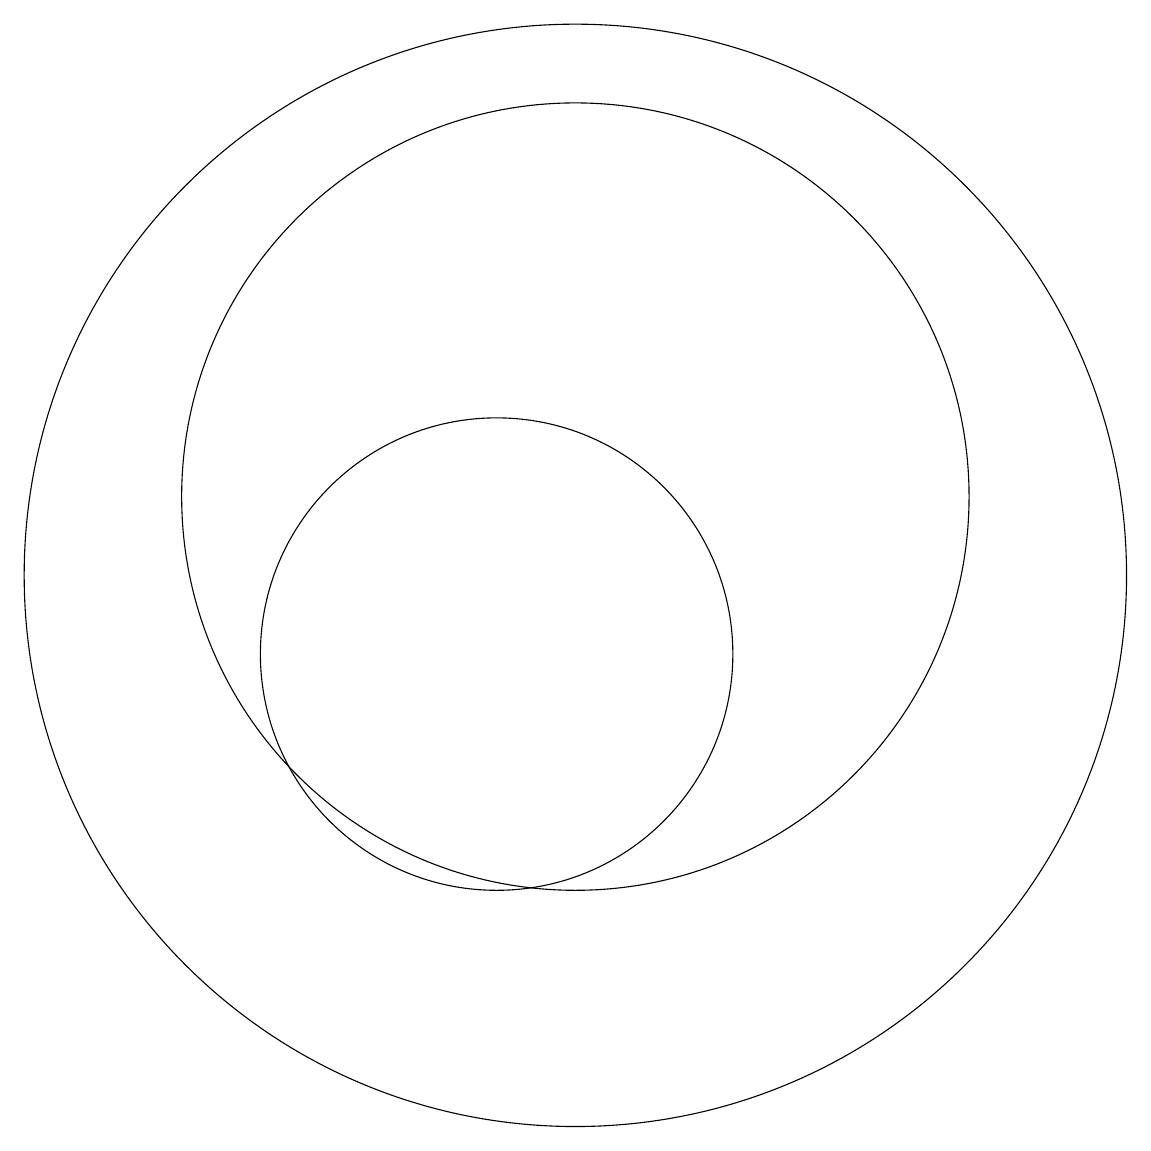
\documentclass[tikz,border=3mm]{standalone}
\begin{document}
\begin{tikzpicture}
\draw (11,11) circle (7);
\draw (12,11) circle (0);
\draw (10,10) circle (3);
\draw (11,12) circle (5);
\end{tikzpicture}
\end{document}